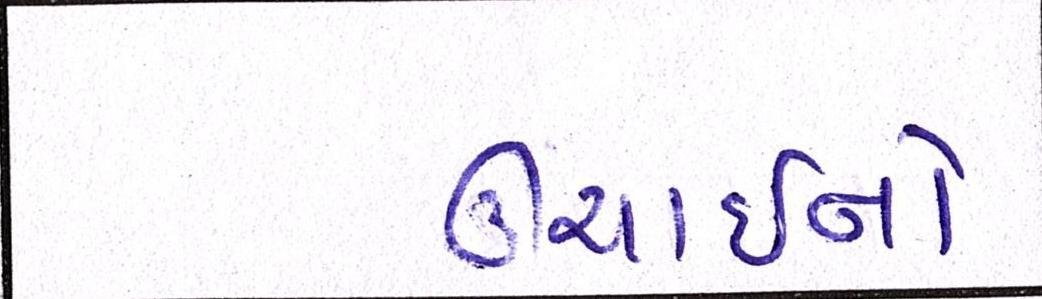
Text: ઊંચાઈનો